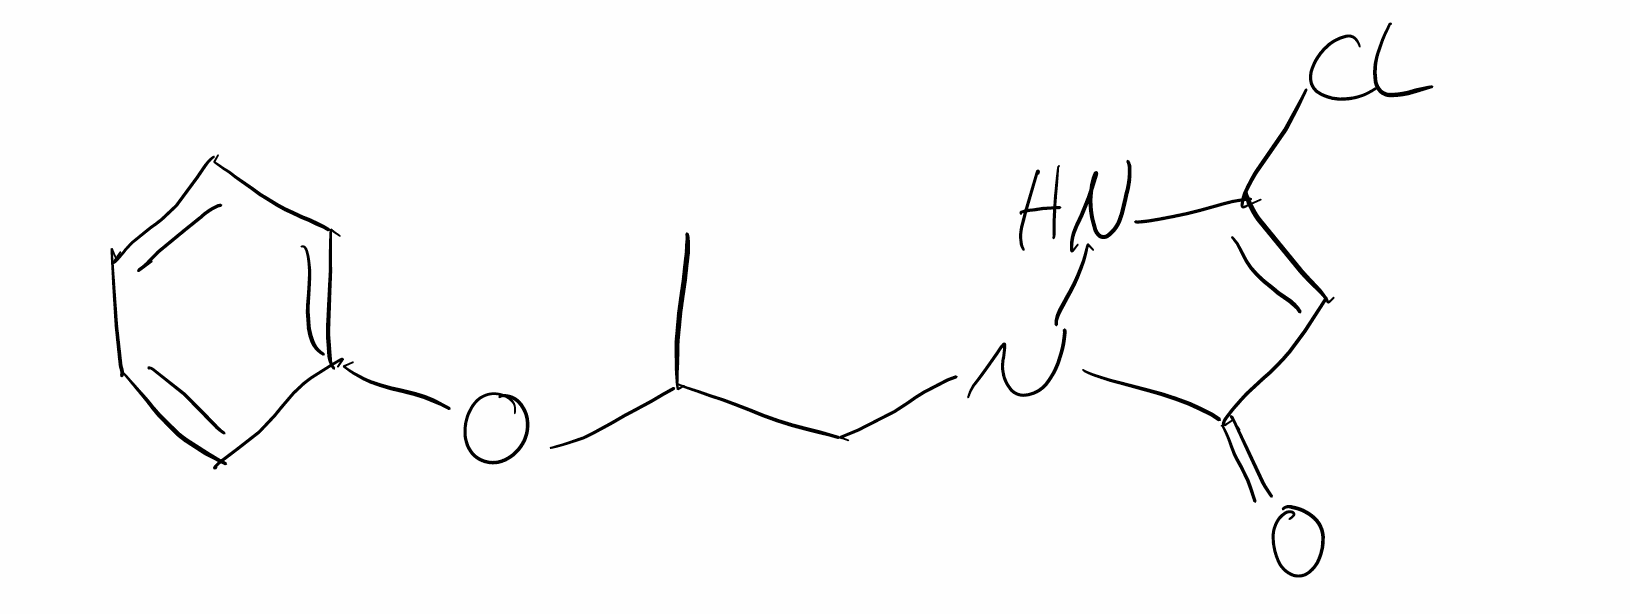
Simplified molecular-input line-entry system (SMILES) notation of the given molecule:
CC(CN1C(=O)C=C(N1)Cl)OC2=CC=CC=C2